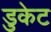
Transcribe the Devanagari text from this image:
डुकेट